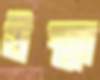
উষ্মা